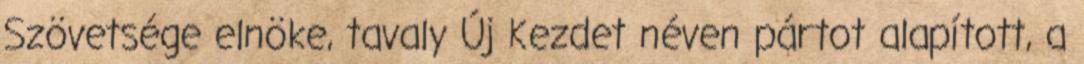
Szövetsége elnöke, tavaly Új Kezdet néven pártot alapított, a